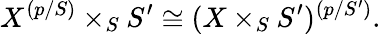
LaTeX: X^{(p/S)}\times_{S}S^{\prime}\cong(X\times_{S}S^{\prime})^{(p/S^{\prime})}.